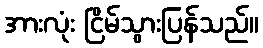
အားလုံး ငြိမ်သွားပြန်သည်။